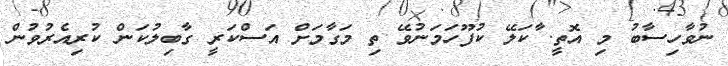
ނުވާހިސާބު މި އޮތީ. ާާާާާާާާާާާާާާާާާާާާާާާާާާާާާާާާާާާާާކަލޭ ކުފޫހަމަނުވޭ ތި މަގާމަށް އަސްކަރީ ގާބިލުކަން ކުރިއެރުވުން